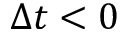
\Delta t < 0